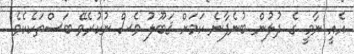
އެއީ ނާމީ ގެ ދުލުން ބުނެފާނެ ކަމަށް ޤަބޫލު ވެސް ނުކުރެވޭ ބަސްތަކެކެވެ.